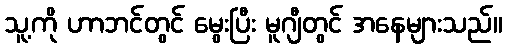
သူ့ကို ဟာဘင်တွင် မွေးပြီး မူဂျီတွင် အနေများသည်။